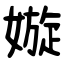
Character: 嫙